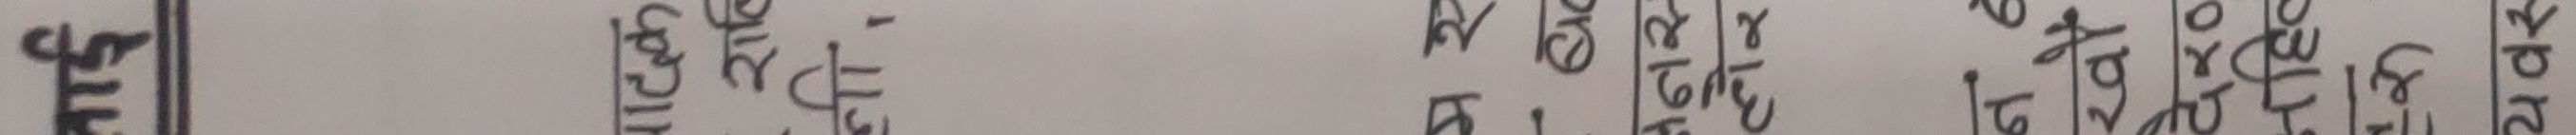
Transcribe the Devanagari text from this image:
अ इ उ ए ओ अं आ ई ऊ ऐ औ अः क्ष घ च ढ द न प र ल श ह क्ष ज्ञ